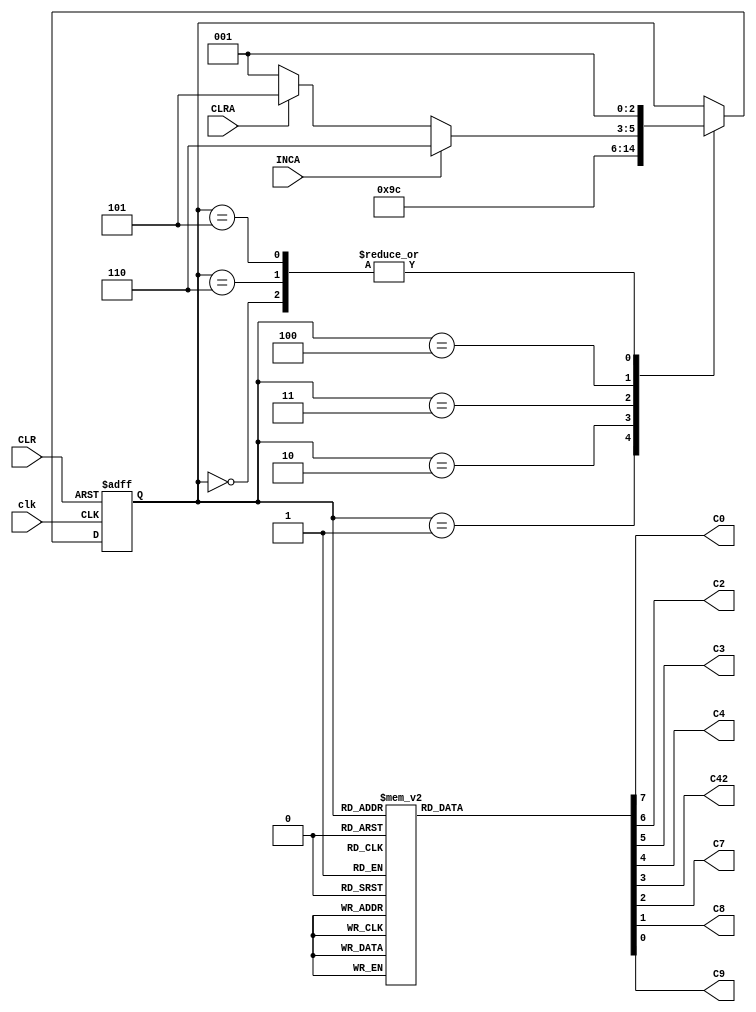
module accController( clk, CLR,INCA,CLRA,C0,C2,C3,C4,C42,C7,C8,C9);

   input clk, CLR, INCA, CLRA;
   output C0,C2,C3,C4,C42,C7,C8,C9;

   reg [2:0] state;
   reg C0,C2,C3,C4,C42,C7,C8,C9;

   always @( posedge clk, posedge CLR )
   begin
   if( CLR )
       state <= 3'b000;
   //else if((INCA==1 && CLRA==1) || (INCA==0 && CLRA==0))
		 //state <= 3'b111;//We only care about INC=0 CLRA=1 and INCA=1 and CLRA=0. So 00 and 11 are going to keep all outputs off state H
		                 //Have to clear to get out of this state
   else
	begin
       case( state )
       3'b000://State A
       begin
            if(1) state <= 3'b001;
            else state <= 3'b001;
       end

       3'b001://State B
       begin
            if(1)
				state <= 3'b010;
            else state <= 3'b010;
       end

       3'b010://State C
       begin
            if(1) state <= 3'b011;
            else state <= 3'b011;
       end

       3'b011://State D
       begin
            if(1) state <= 3'b100;
            else state <= 3'b100;
       end
		 
		 3'b100://State E
       begin
            if(INCA) state <= 3'b110; //If Increment Accumulator is active, go to state F
            else if(CLRA) state <= 3'b101;// If Clear Accumulator is active, go to State G
				else state<=3'b001;
				
       end
		 
		 3'b110://State F
       begin
            if(1) state <= 3'b001; //go back to B not A
            else state <= 3'b001;
       end
		 
		 3'b101://State G
       begin
            if(1) state <= 3'b001; //go back to B not A
            else state <= 3'b001;
       end
       endcase
   end
end


always @(state)begin
  case(state)
  3'b000: {C0,C2,C3,C4,C42,C7,C8,C9}=8'b10000000;//State A activate C0
  3'b001: {C0,C2,C3,C4,C42,C7,C8,C9}=8'b00100000;//State B activate C3
  3'b010: {C0,C2,C3,C4,C42,C7,C8,C9}=8'b00010000;//State C activate C4
  3'b011: {C0,C2,C3,C4,C42,C7,C8,C9}=8'b00001000;//State D activate C42
  3'b100: {C0,C2,C3,C4,C42,C7,C8,C9}=8'b01000100;//S activate C2 and C7
  3'b110: {C0,C2,C3,C4,C42,C7,C8,C9}=8'b00000001;//State F activate C9
  3'b101: {C0,C2,C3,C4,C42,C7,C8,C9}=8'b00000010;//State G activate C8
  3'b111: {C0,C2,C3,C4,C42,C7,C8,C9}=8'bzzzzzzzz;//State H keep all outputs off
 endcase 	
end
endmodule